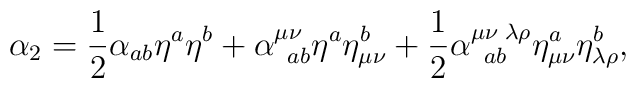
\alpha _{2}=\frac{1}{2}\alpha _{ab}\eta ^{a}\eta ^{b}+\alpha _{\;\;ab}^{\mu\nu }\eta ^{a}\eta _{\mu \nu }^{b}+\frac{1}{2}\alpha _{\;\;ab}^{\mu \nu\;\lambda \rho }\eta _{\mu \nu }^{a}\eta _{\lambda \rho }^{b},